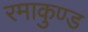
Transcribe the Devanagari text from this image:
रमाकुण्ड